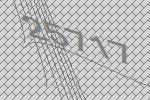
25717